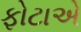
ફોટાએ